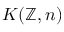
K ( \mathbb { Z } , n )